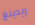
ريدينغ